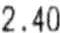
2.40